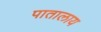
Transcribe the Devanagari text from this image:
पातालाय